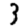
Digit: 3